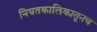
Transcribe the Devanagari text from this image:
नियतकालिकातूनच